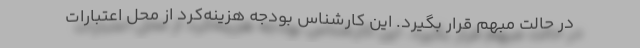
در حالت مبهم قرار بگیرد. این كارشناس بودجه هزینه‌كرد از محل اعتبارات